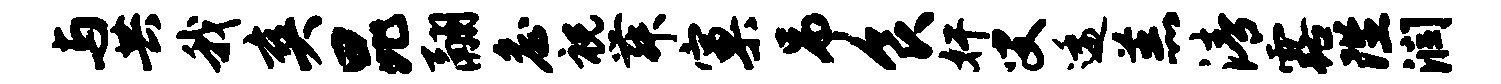
与共我爽昆翮詹祝舞窠吊食奸叟逶羔清露陛润